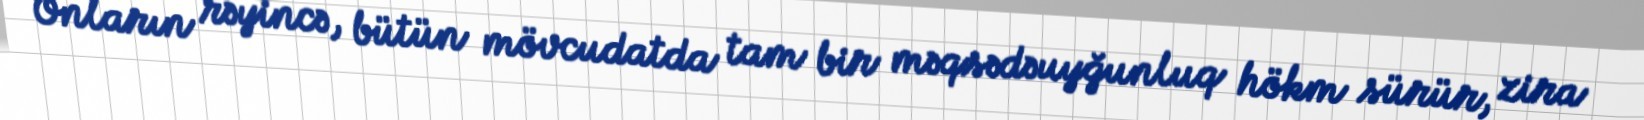
Onların rəyincə, bütün mövcudatda tam bir məqsədəuyğunluq hökm sürür, zira